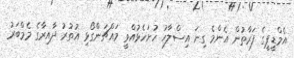
އެމްޑީޕީގެ ފަރާތުން އެންމެ ގިނަ އިސްލާހު ހުށަހެޅުއްވީ މައްޗަންގޯޅި އުތުރު ދާއިރާގެ މެމްބަރު